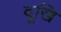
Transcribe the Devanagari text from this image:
दूखि